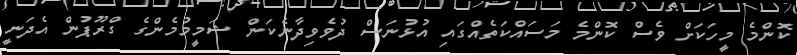
ކޮންމެ މީހަކަށް ވެސް ކޮންމެ މަސައްކަތެއްގައި އުޅުނަސް ދުވެވިދާނެކަން ޝަމީމުމެންގެ ގްރޫޕުން އެދަނީ